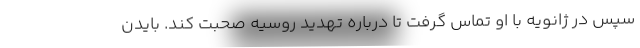
سپس در ژانویه با او تماس گرفت تا درباره تهدید روسیه صحبت کند. بایدن